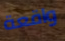
واقعة